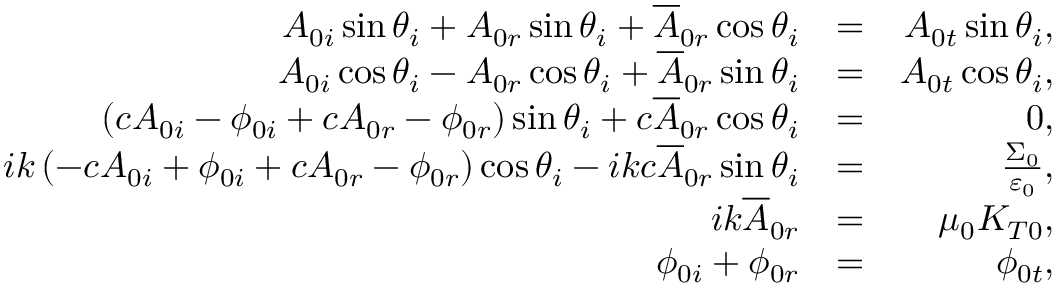
\begin{array} { r l r } { A _ { 0 i } \sin \theta _ { i } + A _ { 0 r } \sin \theta _ { i } + \overline { { A } } _ { 0 r } \cos \theta _ { i } } & { = } & { A _ { 0 t } \sin \theta _ { i } , } \\ { A _ { 0 i } \cos \theta _ { i } - A _ { 0 r } \cos \theta _ { i } + \overline { { A } } _ { 0 r } \sin \theta _ { i } } & { = } & { A _ { 0 t } \cos \theta _ { i } , } \\ { \left( c A _ { 0 i } - \phi _ { 0 i } + c A _ { 0 r } - \phi _ { 0 r } \right) \sin \theta _ { i } + c \overline { { A } } _ { 0 r } \cos \theta _ { i } } & { = } & { 0 , } \\ { i k \left( - c A _ { 0 i } + \phi _ { 0 i } + c A _ { 0 r } - \phi _ { 0 r } \right) \cos \theta _ { i } - i k c \overline { { A } } _ { 0 r } \sin \theta _ { i } } & { = } & { \frac { \Sigma _ { 0 } } { \varepsilon _ { 0 } } , } \\ { i k \overline { { A } } _ { 0 r } } & { = } & { \mu _ { 0 } K _ { T 0 } , } \\ { \phi _ { 0 i } + \phi _ { 0 r } } & { = } & { \phi _ { 0 t } , } \end{array}